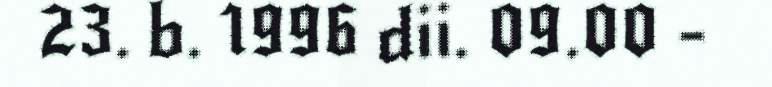
23. b. 1996 dii. 09.00 -